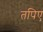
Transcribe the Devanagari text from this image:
तपिए